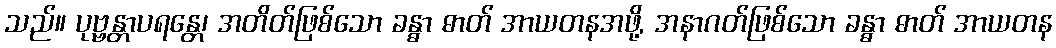
သည်။ ပုဗ္ဗန္တာပရန္တေ၊ အတိတ်ဖြစ်သော ခန္ဓာ ဓာတ် အာယတနအဖို့, အနာဂတ်ဖြစ်သော ခန္ဓာ ဓာတ် အာယတန